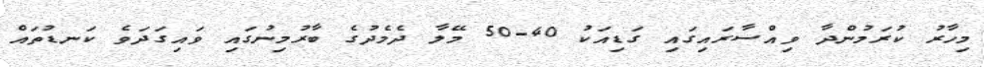
މިހާރު ކުރަމުންދާ ވިއްސާރައިގައި ގަޑިއަކު 40-50 މޭލާ ދެމެދުގެ ބާރުމިނުގައި ވައިގަދަވެ ކަނޑުތައް